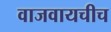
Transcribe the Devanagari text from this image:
वाजवायचीच